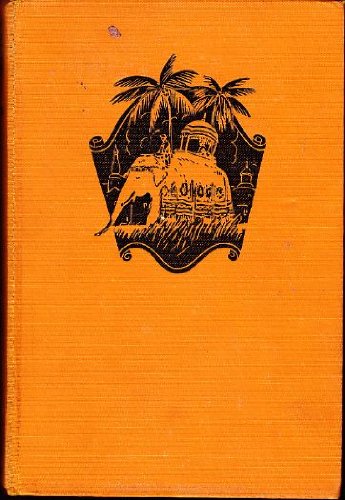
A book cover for The last home of mystery: Adventures in Nepal together with accounts of Ceylon, British India, the native states, the Persian Gulf, the Overland desert mail and the Baghdad railway; E. Alexander Powell; Travel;